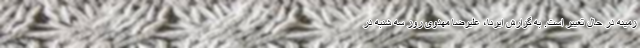
زمینه در حال تغییر است. به گزارش ایرنا، علیرضا مهدوی روز سه شنبه در